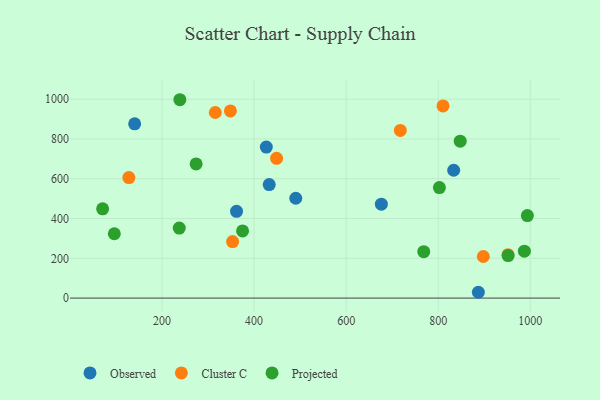
{"axis": {"x": "Study Hours", "y": "Yield"}, "legend": ["Cluster C", "Observed", "Projected"], "data": [{"x": "833.6", "y": 642.7, "type": "Observed"}, {"x": "887.2", "y": 29.2, "type": "Observed"}, {"x": "140.6", "y": 876.1, "type": "Observed"}, {"x": "361.9", "y": 436.1, "type": "Observed"}, {"x": "432.9", "y": 570.6, "type": "Observed"}, {"x": "676.5", "y": 471.9, "type": "Observed"}, {"x": "426.6", "y": 759.1, "type": "Observed"}, {"x": "490.6", "y": 501.8, "type": "Observed"}, {"x": "315.8", "y": 932.9, "type": "Cluster C"}, {"x": "810.4", "y": 965.8, "type": "Cluster C"}, {"x": "348.6", "y": 940.9, "type": "Cluster C"}, {"x": "717.7", "y": 842.8, "type": "Cluster C"}, {"x": "128.0", "y": 606.0, "type": "Cluster C"}, {"x": "448.9", "y": 702.5, "type": "Cluster C"}, {"x": "353.3", "y": 284.3, "type": "Cluster C"}, {"x": "898.0", "y": 209.1, "type": "Cluster C"}, {"x": "951.5", "y": 218.2, "type": "Cluster C"}, {"x": "375.0", "y": 337.6, "type": "Projected"}, {"x": "768.6", "y": 233.4, "type": "Projected"}, {"x": "847.8", "y": 788.7, "type": "Projected"}, {"x": "274.1", "y": 674.6, "type": "Projected"}, {"x": "987.2", "y": 235.7, "type": "Projected"}, {"x": "238.8", "y": 997.2, "type": "Projected"}, {"x": "993.7", "y": 414.9, "type": "Projected"}, {"x": "802.6", "y": 555.7, "type": "Projected"}, {"x": "237.5", "y": 351.8, "type": "Projected"}, {"x": "96.4", "y": 323.5, "type": "Projected"}, {"x": "71.0", "y": 448.8, "type": "Projected"}, {"x": "951.9", "y": 213.9, "type": "Projected"}]}